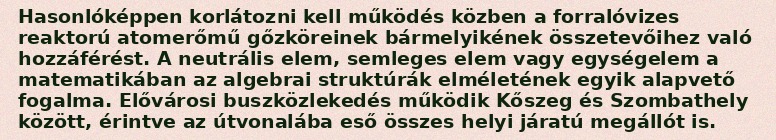
Hasonlóképpen korlátozni kell működés közben a forralóvizes reaktorú atomerőmű gőzköreinek bármelyikének összetevőihez való hozzáférést. A neutrális elem, semleges elem vagy egységelem a matematikában az algebrai struktúrák elméletének egyik alapvető fogalma. Elővárosi buszközlekedés működik Kőszeg és Szombathely között, érintve az útvonalába eső összes helyi járatú megállót is.